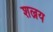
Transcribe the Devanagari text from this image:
शल्नय